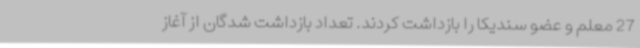
27 معلم و عضو سندیکا را بازداشت کردند. تعداد بازداشت شدگان از آغاز